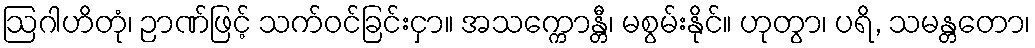
ဩဂါဟိတုံ၊ ဉာဏ်ဖြင့် သက်ဝင်ခြင်းငှာ။ အသက္ကောန္တီ၊ မစွမ်းနိုင်။ ဟုတွာ၊ ပရိ, သမန္တတော၊